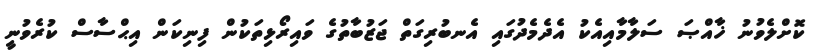
ކޮށްލެވުނު ޚާއްޞަ ސަލާމާއިއެކު އެދެމެދުގައި އެނބުރިގަތް ޖަޒުބާތުގެ ވައިރޯޅިތަކުން ފިނިކަން އިޙްސާސް ކުރެވުނީ